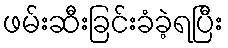
ဖမ်းဆီးခြင်းခံခဲ့ရပြီး